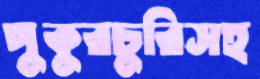
পুকুরচুরিসহ